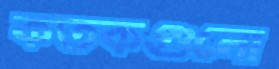
কতকগুলো